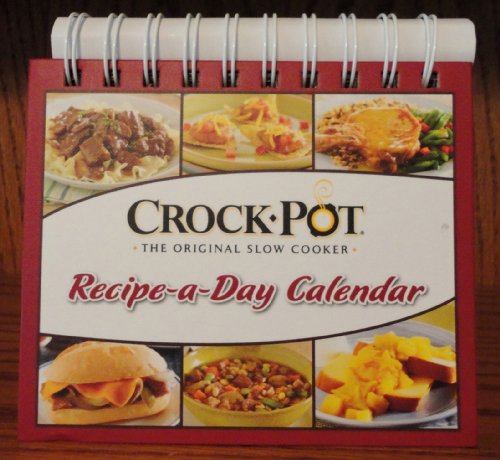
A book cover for Crock Pot Recipe-a-Day Calendar; Calendars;